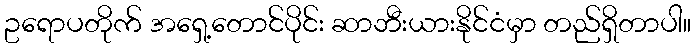
ဥရောပတိုက် အရှေ့တောင်ပိုင်း ဆာဘီးယားနိုင်ငံမှာ တည်ရှိတာပါ။